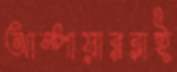
আম্পায়াররাই